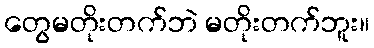
တွေမတိုးတက်ဘဲ မတိုးတက်ဘူး။